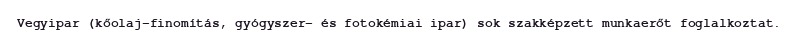
Vegyipar (kőolaj-finomítás, gyógyszer- és fotokémiai ipar) sok szakképzett munkaerőt foglalkoztat.